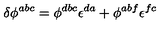
\delta \phi ^ { a b c } = \phi ^ { d b c } \epsilon ^ { d a } + \phi ^ { a b f } \epsilon ^ { f c }